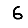
Digit: 6